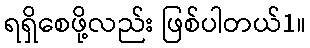
ရရှိစေဖို့လည်း ဖြစ်ပါတယ်1။